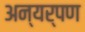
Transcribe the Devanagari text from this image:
अन्यर्पण